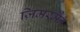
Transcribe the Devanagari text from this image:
ज़िमरमैन